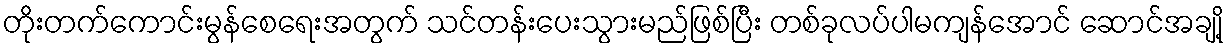
တိုးတက်ကောင်းမွန်စေရေးအတွက် သင်တန်းပေးသွားမည်ဖြစ်ပြီး တစ်ခုလပ်ပါမကျန်အောင် ဆောင်အချို့